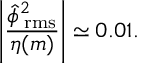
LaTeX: \left| \frac { \hat { \phi } _ { \mathrm { \tiny ~ r m s } } ^ { 2 } } { \eta ( m ) } \right| \simeq 0 . 0 1 .